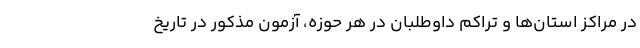
در مراکز استان‌ها و تراکم داوطلبان در هر حوزه، آزمون مذکور در تاریخ